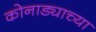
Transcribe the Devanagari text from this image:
कोनाड्याच्या